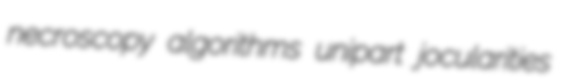
necroscopy algorithms unipart jocularities